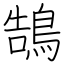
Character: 鵠